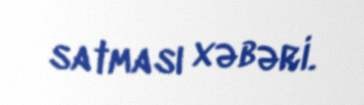
satması xəbəri.